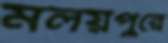
মলয়পুরে